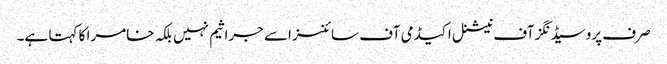
صرف پروسیڈنگز آف نیشنل اکیڈمی آف سائنسز اسے جراثیم نہیں بلکہ خامرا کا کہتا ہے۔